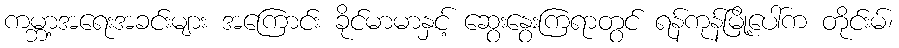
ကမ္ဘာ့အရေးအခင်းများ အကြောင်း ခိုင်မာမာနှင့် ဆွေးနွေးကြရာတွင် ရန်ကုန်မြို့ပေါ်က တိုင်းမ်၊